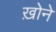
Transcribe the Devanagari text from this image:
ख़ोने